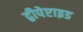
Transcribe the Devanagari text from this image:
द्वीपेप्टाइड